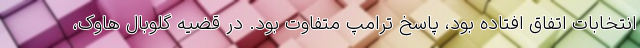
انتخابات اتفاق افتاده بود، پاسخ ترامپ متفاوت بود. در قضیه گلوبال هاوک،